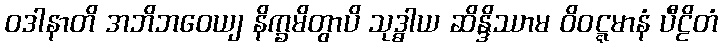
ဝဒါနာတိ အဘိဘဝေယျ နိက္ခမိတွာပိ သုဒ္ဓါယ ဆိန္ဒိဿာမ ဝိဝဋ္ဋမာနံ ပီဠိတံ